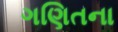
ગણિતના